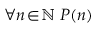
\forall n \! \in \! \mathbb { N } \; P ( n )